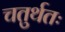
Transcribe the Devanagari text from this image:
चतुर्थतः